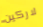
لاركين